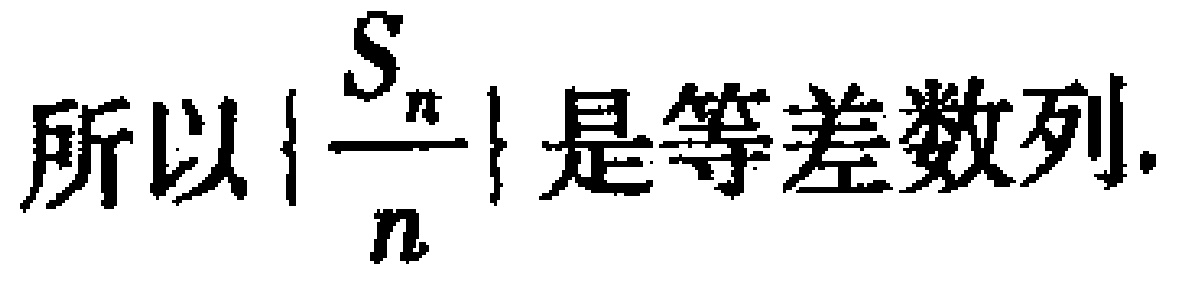
所以$\left\{\frac{S_{n}}{n}\right\}$是等差数列.